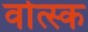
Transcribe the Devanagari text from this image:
वोत्स्क